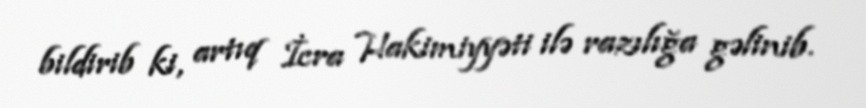
bildirib ki, artıq İcra Hakimiyyəti ilə razılığa gəlinib.